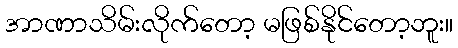
အာဏာသိမ်းလိုက်တော့ မဖြစ်နိုင်တော့ဘူး။